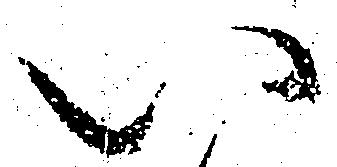
い